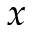
x